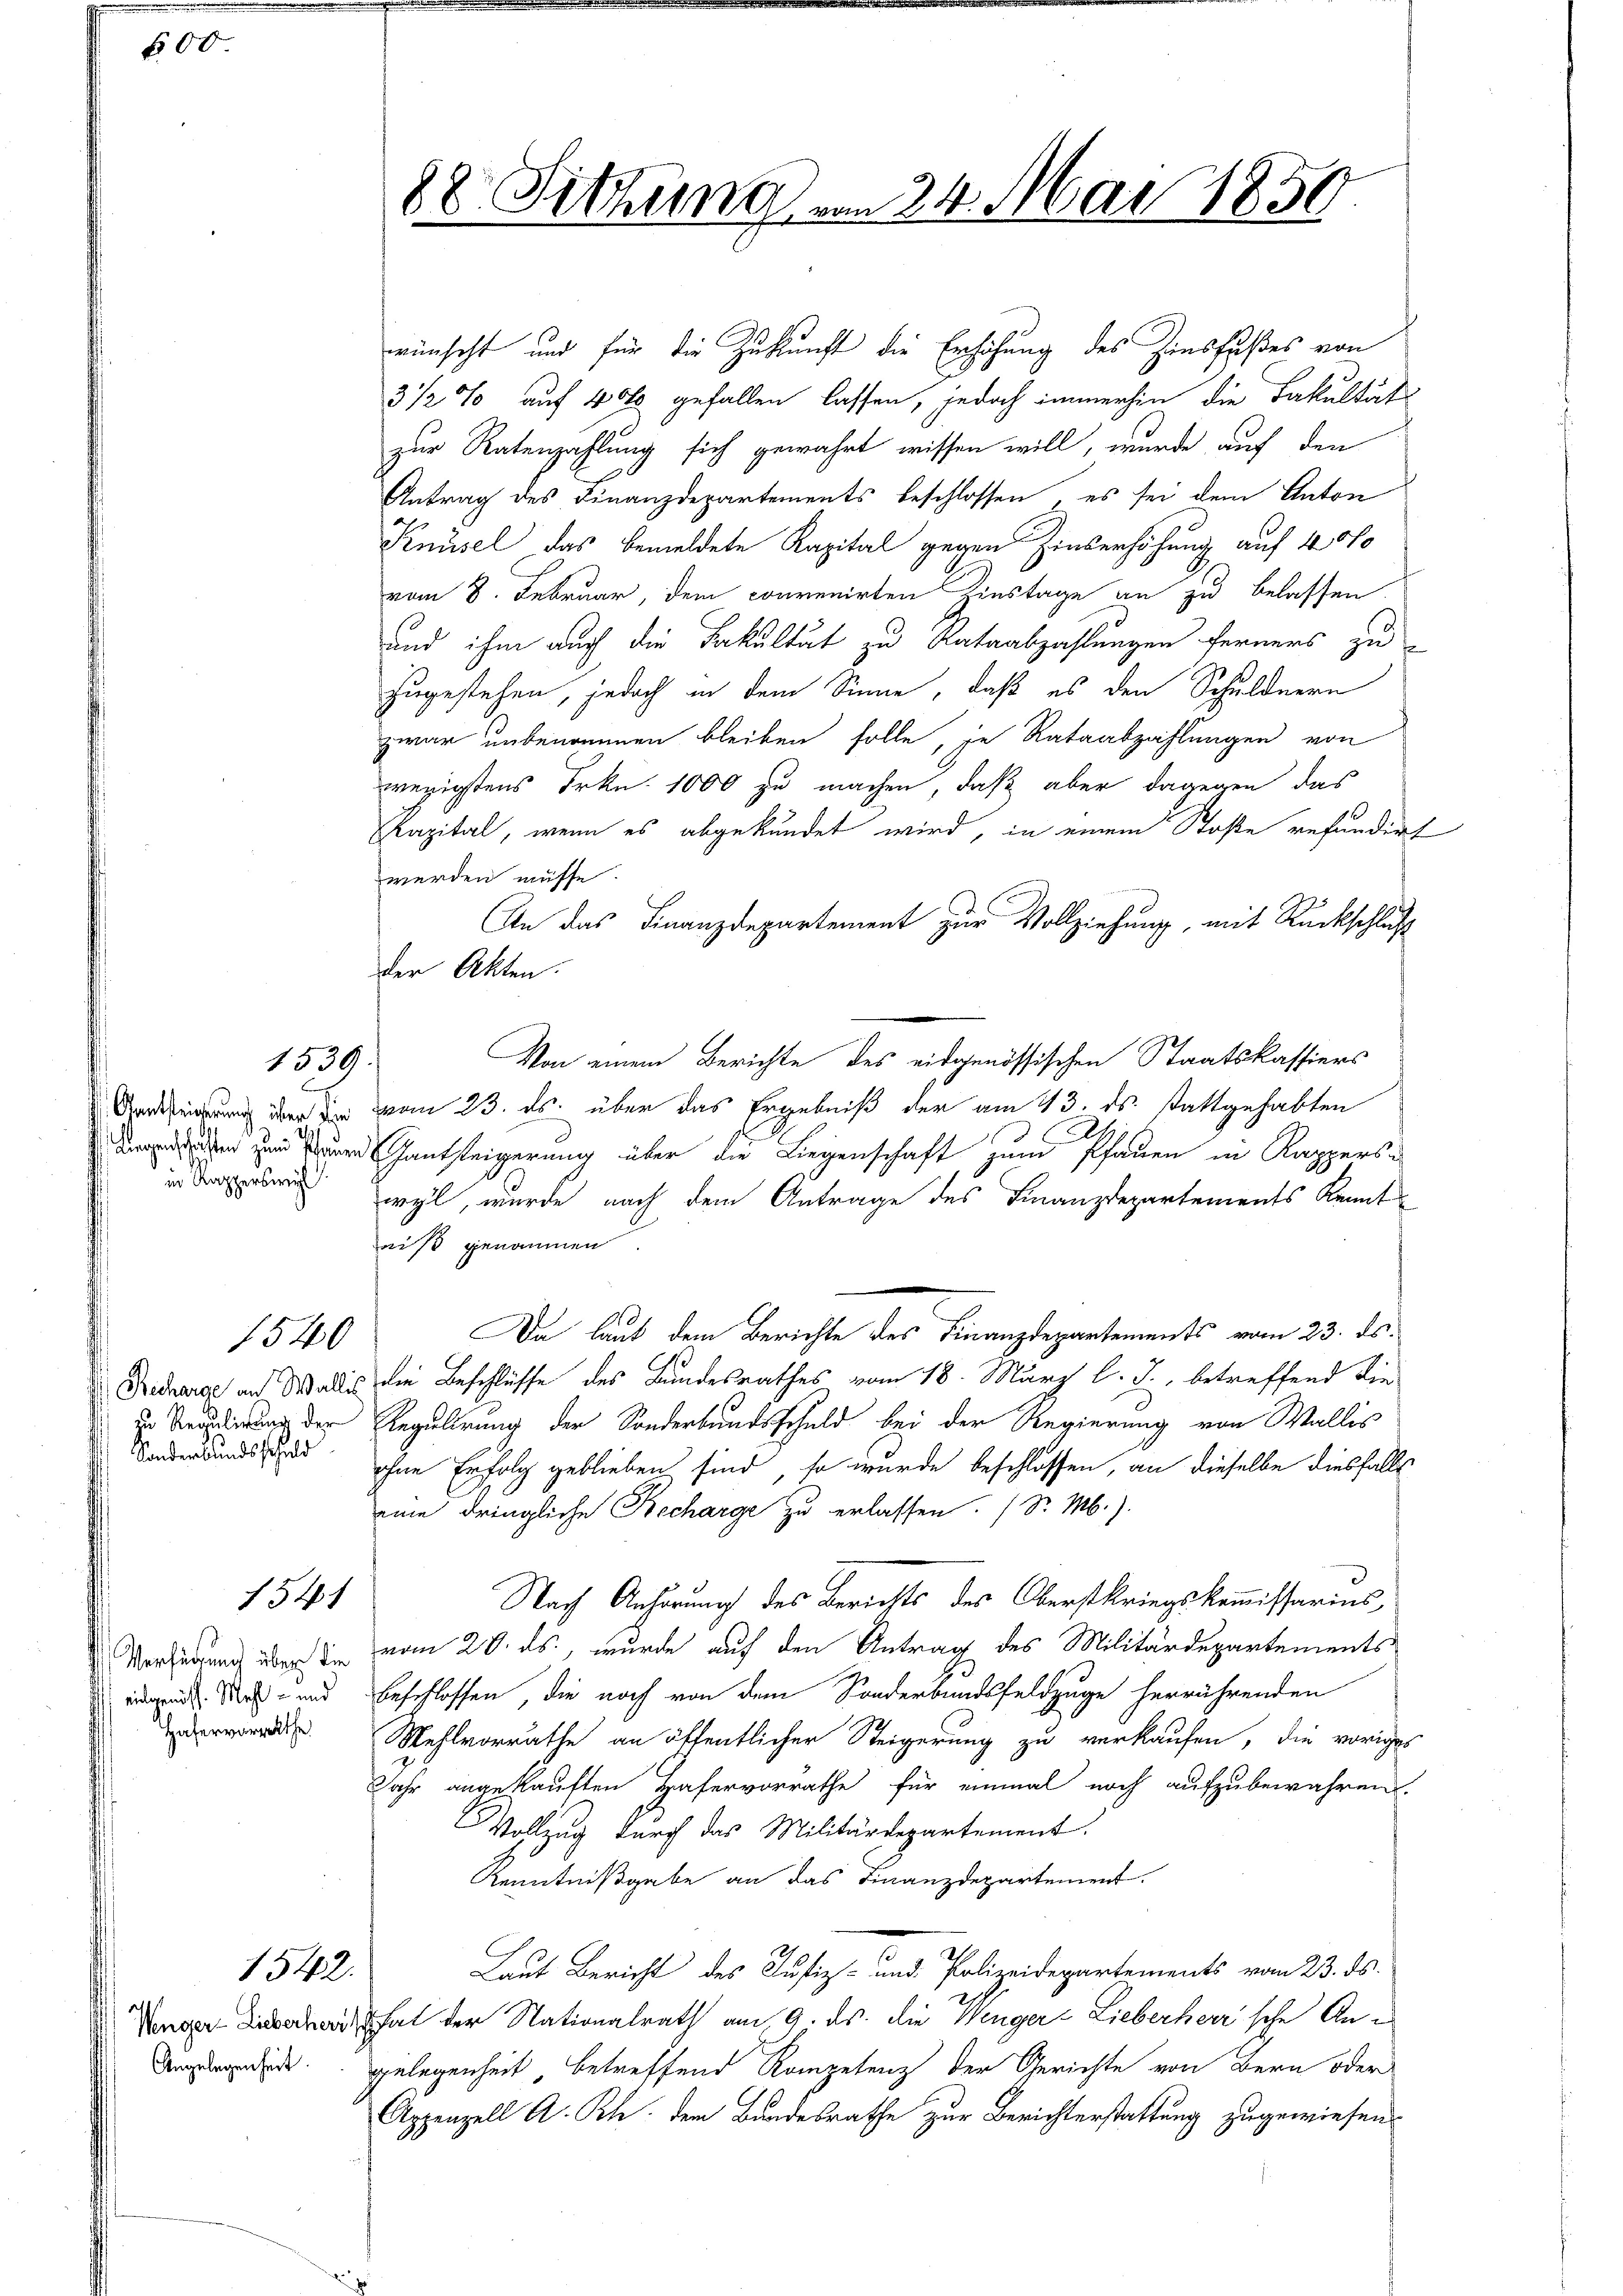
500

in Kapperswyl

Recharge an Wallis
zu Regulirung der
Sonderbundsschuld

1539.

540

1541

Verfügung über die
eidgenöss. Mehl - und
Hafervorrathe

1542.

88. Sitzung vom 24. Mai 1850.

wünscht und für die Zukunft die Erhöhung des Zinsfußes von
3 1/2 % auf 40 gefallen lassen, jedoch immerhin die Fakultäts-
zur Ratenzahlung sich gewahrt wissen will, wurde auf den
Antrag des Finanzdepartements beschlossen, es sei dem Anton
Knüsel das bemeldete Kapital gegen Zinserhöhung auf 4 00
vom 8. Februar, dem convenirten Zinstage an zu belassen
und ihm auch die Fakultät zu Rataabzahlungen ferners zu
zugestehen, jedoch in dem Sinne, daß es den Schuldnern
zwar unbenommen bleiben solle, je Rataabzahlungen von
wegigstens Frkn. 1000 zu machen, daß aber dagegen das
Kapital, wenn es abgekündet wird, in einem Stoße refundirt
werden müsse.
An das Finanzdepartement zur Vollziehung, mit Rückschluß
der Akten.
Von einem Berichte des eidgenössischen Staatskassiers
 er die vom 23. ds. über das Ergebniß der am 13. ds. Stattgehabten
 u und Gautseigerung über die Liegenschaft zum Pfauen in Kapperswyl, wurde nach dem Antrage des Finanzdepartements Kenntniß genommen.
Da laut dem Berichte des Finanzdepartements vom 23. ds.
die Beschlüsse des Bundesrathes vom 18. März l. J., betreffend die
Regulirung der Sonderbundsschuld bei der Regierung von Wallis
ohne Erfolg geblieben sind, so wurde beschlossen, an dieselbe diesfalls
eine dringliche Recharge zu erlassen. (S. M.).
Nach Anhörung des Berichts des Oberstkriegskommissarius
vom 20. ds., wurde auf den Antrag des Militärdepartements
beschlossen, die noch von dem Sonderbundsfeldzuge herrührenden
Wehlvorräthe an öffentlicher Steigerung zu verkaufen, die voriges
Jahr angekauften Hafervorrathe für einmal noch aufzubewahren.
Vollzug durch das Militärdepartement.
Kenntnißgabe an das Finanzdepartement.
Laut Bericht des Justiz- und Polizeidepartements vom 23. ds.
 hat der Nationalrath am 9. ds. die Wenger Lieberherrsche An¬
Angungende gelegenheit, betreffend Kompetenz der Gerichte von Bern oder
Appenzell A. Rh. dem Bandesrathe zur Berichterstattung zugewiesend